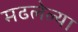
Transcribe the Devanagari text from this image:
मढलेल्या